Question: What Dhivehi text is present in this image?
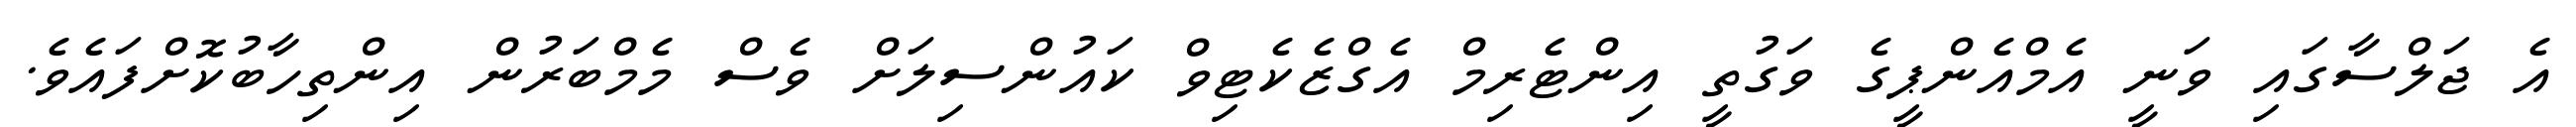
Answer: އެ ޖަލްސާގައި ވަނީ އެމްއެންޕީގެ ވަގުތީ އިންޓެރިމް އެގްޒެކެޓިވް ކައުންސިލަށް ވެސް މެމްބަރުން އިންތިހާބުކޮށްފައެވެ.